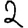
Digit: 2